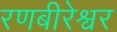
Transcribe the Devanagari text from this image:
रणबीरेश्वर